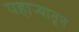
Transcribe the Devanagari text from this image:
पहार्‍यातून